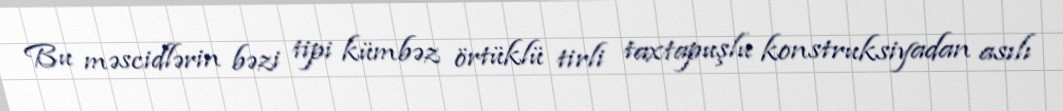
Bu məscidlərin bəzi tipi kümbəz örtüklü tirli taxtapuşlu konstruksiyadan asılı